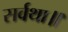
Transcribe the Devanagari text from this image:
सर्वथा॥